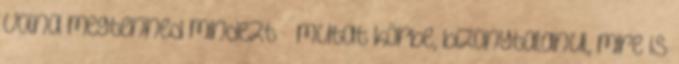
volna megtenned mindezt – mutat körbe, bizonytalanul, mire is